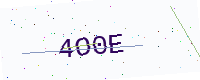
Text: 4O0E